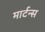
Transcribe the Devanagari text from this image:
मार्टन्स